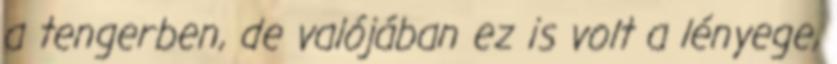
a tengerben, de valójában ez is volt a lényege,